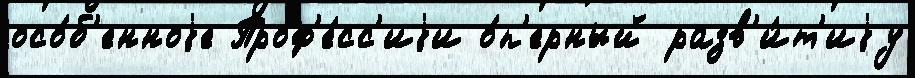
осо́б'енноjе Проф'е́сс'иjи о́п'ерный разв'и́т'иjу